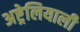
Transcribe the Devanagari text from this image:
अष्ट्रेलियाली